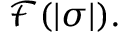
{ \mathcal { F } } ( | \sigma | ) .